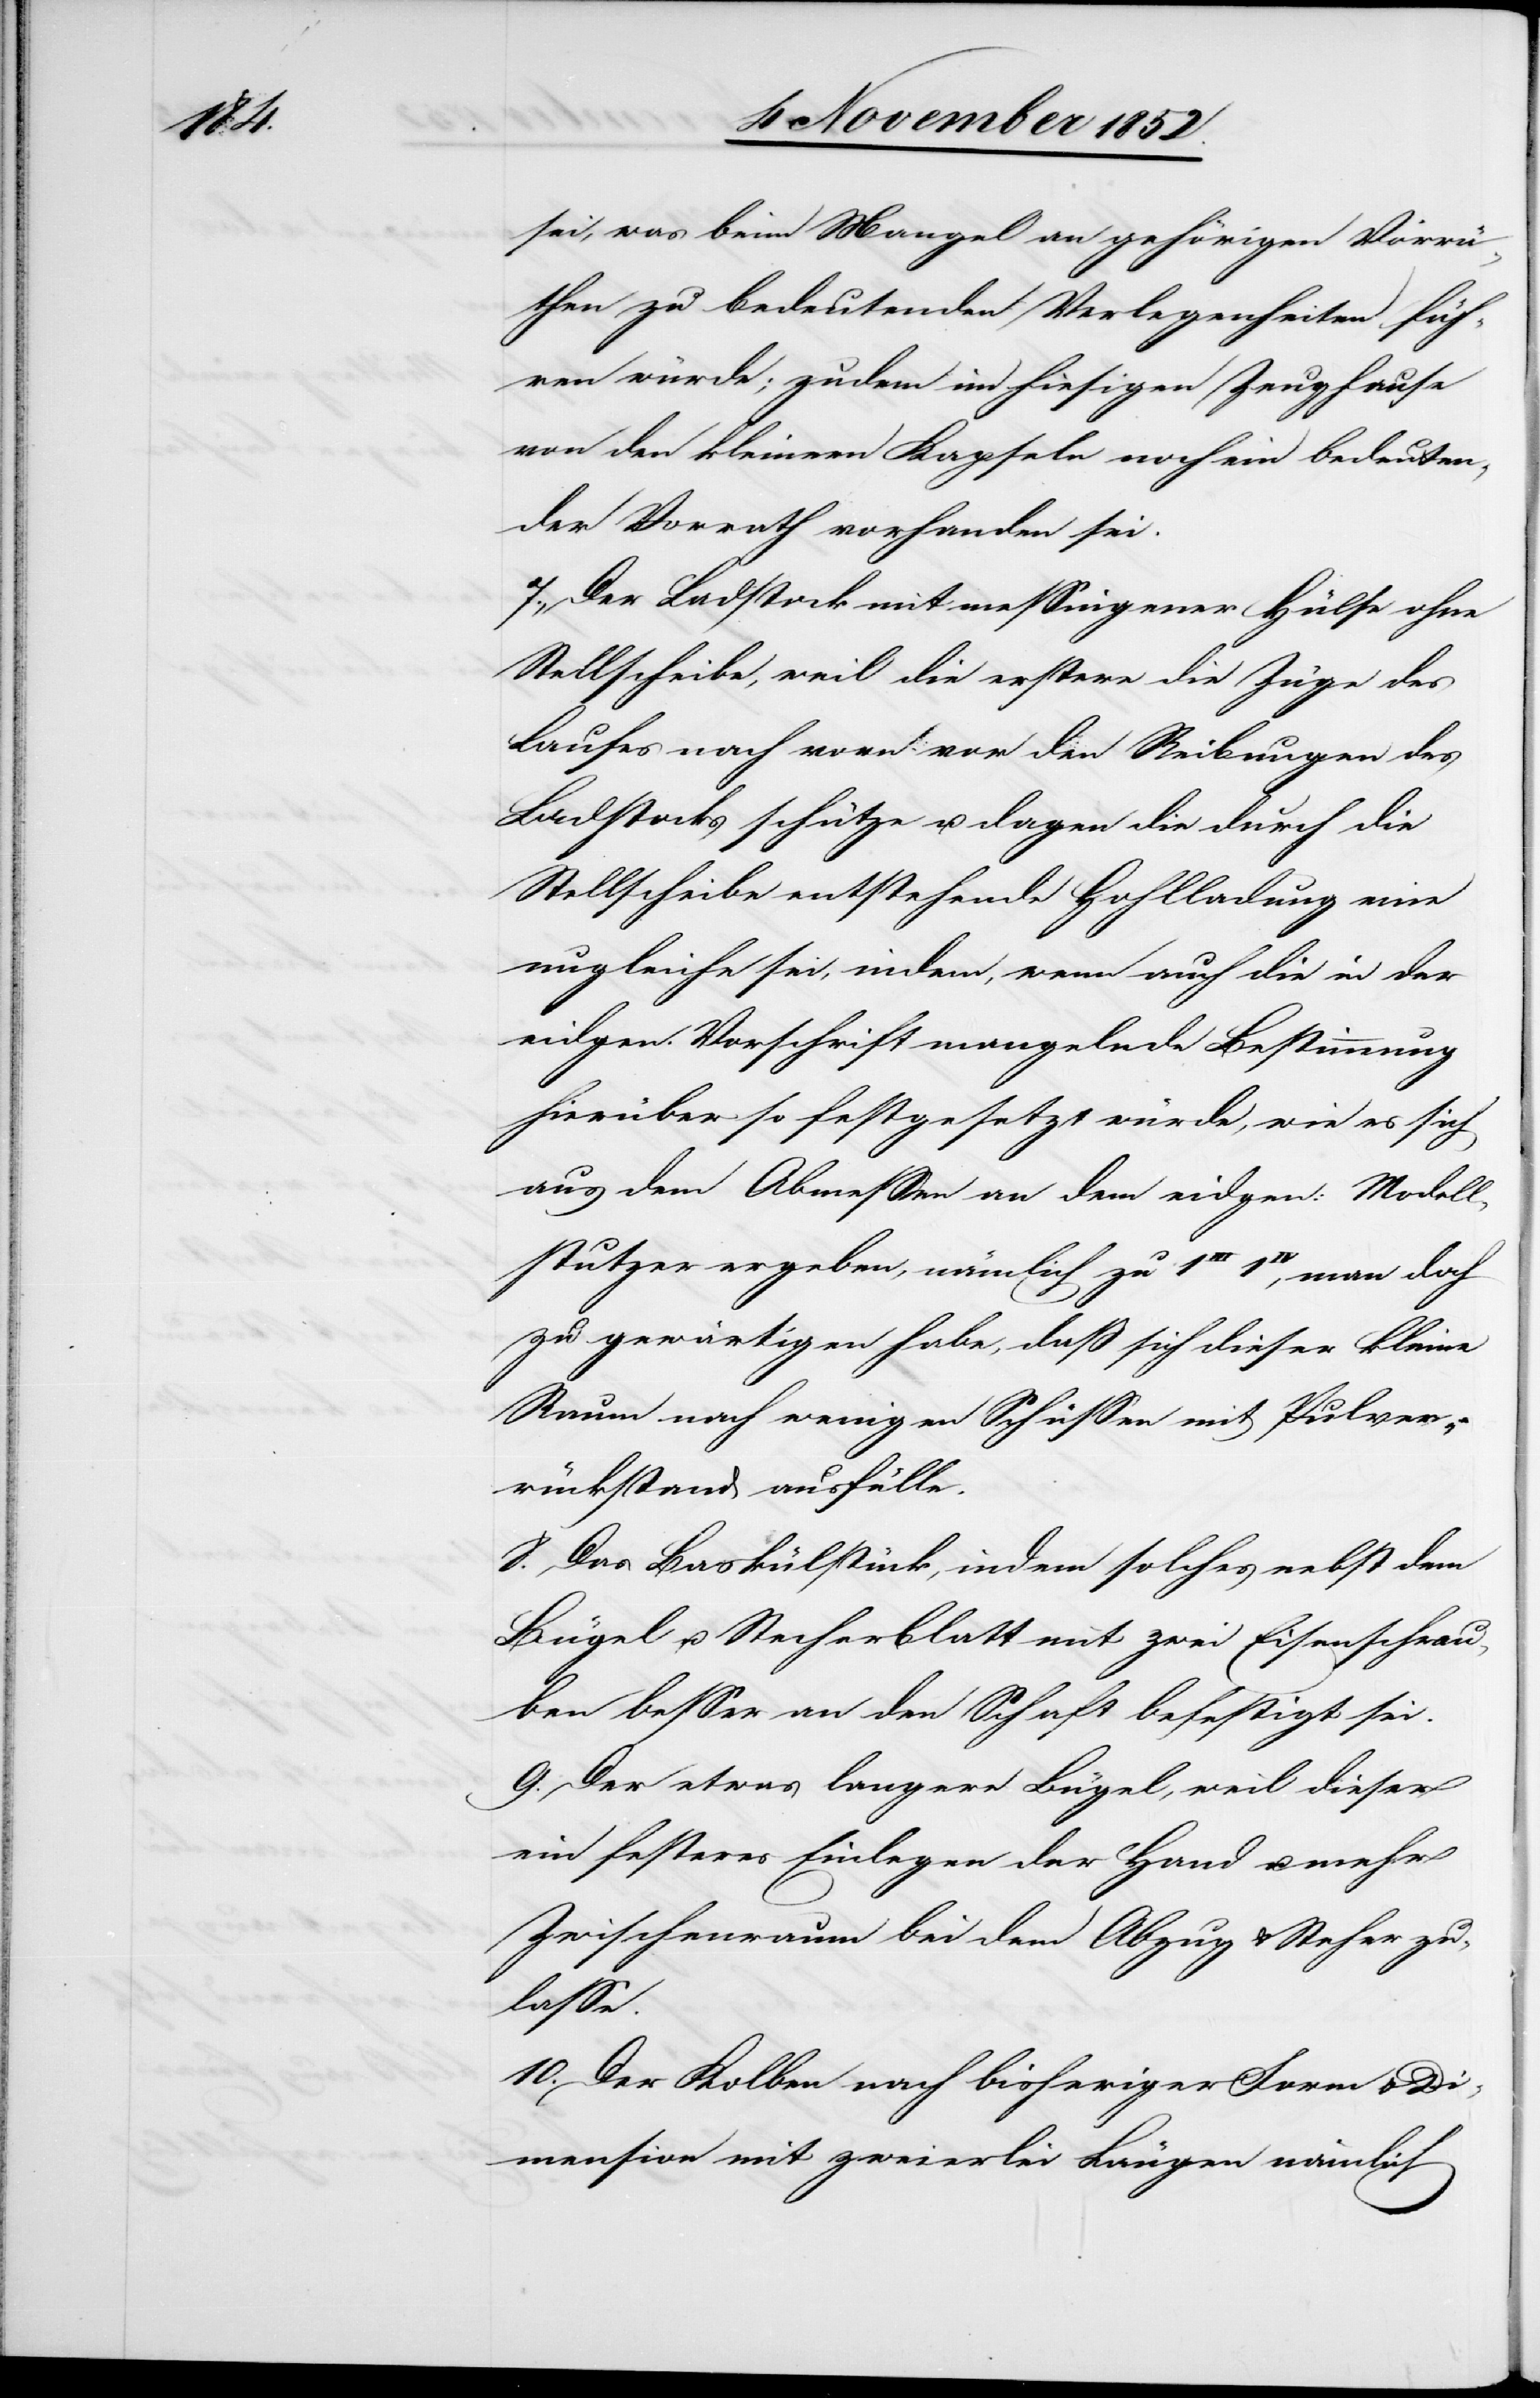
dieser

sei, was beim Mangel an gehörigen Vorrä¬
then zu bedeutenden Verlegenheiten füh¬
ren würde; zudem im hiesigen Zeughause
von den kleinern Kapseln noch ein bedeuten¬
der Vorrath vorhanden sei.
Der Ladstock mit messingener Hülse ohne
Stellscheibe, weil die erstere die Züge des
Laufes nach vorn vor den Reibungen des
Ladstocks schütze u. dage[ge]n die durch die
Stellscheibe entstehende Hohlladung eine
ungleiche sei, indem, wenn auch die in der
eidgen. Vorschrift mangelnde Bestimmung
hierüber so festgesetzt würde, wie es sich
aus dem Abmessen an dem eidgen: Modell¬
stutzer ergeben, nämlich zu 1III 1IV, man doch
zu gewärtigen habe, daß sich dieser kleine
Raum nach wenigen Schüssen mit Pulver¬
rückstand ausfülle.
Das Baskülstück, indem solches nebst dem
Bügel u. Stecherblatt mit zwei Eisenschrau¬
ben besser an den Schaft befestigt sei.
ein festeres Einlegen der Hand u. mehr
Zwischenraum bei dem Abzug & Steher zu¬
lasse.
Der Kolben nach bisheriger Form & Di¬
mension mit zweierlei Längen nämlich